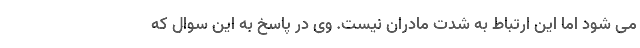
می شود اما این ارتباط به شدت مادران نیست. وی در پاسخ به این سوال که